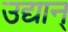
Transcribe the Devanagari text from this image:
उद्यान्